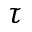
\tau